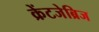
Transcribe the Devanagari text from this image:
क्रेंटजेब्रिज